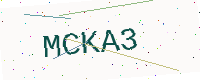
Text: MCKA3